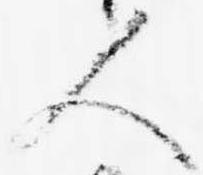
人